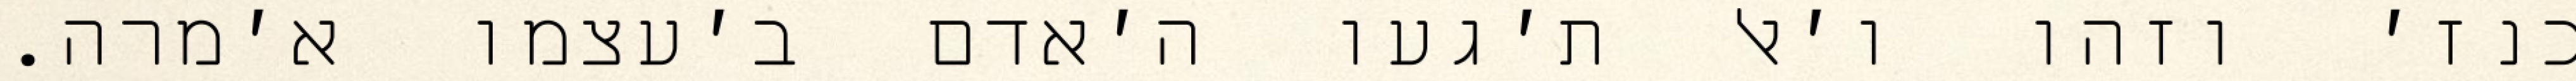
כנז׳ וזהו ו׳אל ת׳געו ה׳אדם ב׳עצמו א׳מרה.